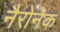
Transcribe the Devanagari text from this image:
नैरोनेक